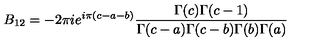
B _ { 1 2 } = - 2 \pi i e ^ { i \pi ( c - a - b ) } \frac { \Gamma ( c ) \Gamma ( c - 1 ) } { \Gamma ( c - a ) \Gamma ( c - b ) \Gamma ( b ) \Gamma ( a ) }